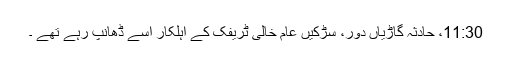
11:30، حادثہ گاڑیاں دور، سڑکیں عام خالی ٹریفک کے اہلکار اسے ڈھانپ رہے تھے ۔